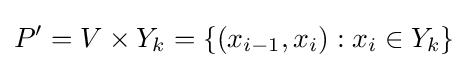
P'=V\times Y_{k}=\{(x_{i-1},x_{i}):x_{i}\in Y_{k}\}